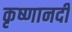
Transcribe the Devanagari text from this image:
कृष्णानदी